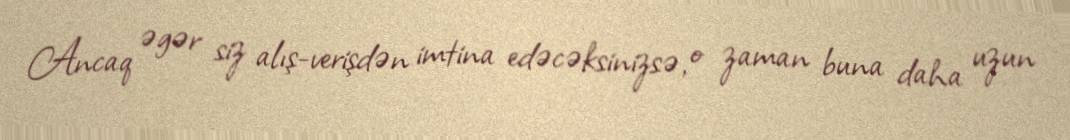
Ancaq əgər siz alış-verişdən imtina edəcəksinizsə, o zaman buna daha uzun